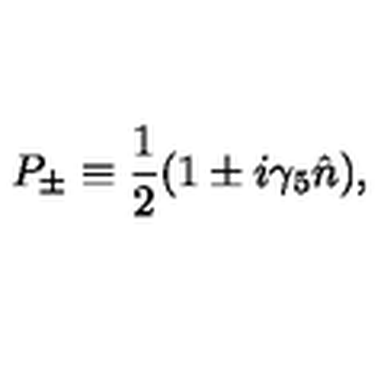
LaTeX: P _ { \pm } \equiv { \frac { 1 } { 2 } } ( 1 \pm i \gamma _ { 5 } \hat { n } ) ,